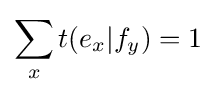
\sum _{x}t(e_{x}|f_{y})=1